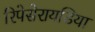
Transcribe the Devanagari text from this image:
रिपेसेरायडिया